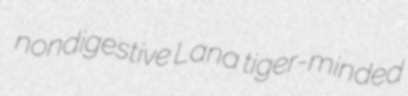
nondigestive Lana tiger-minded